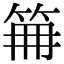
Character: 𥬰